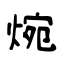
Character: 焥